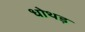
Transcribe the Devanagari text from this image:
धोथड़